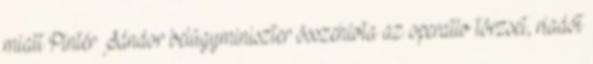
miatt Pintér Sándor belügyminiszter összehívta az operatív törzset, riadót